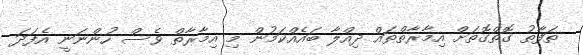
ތަފާތު ގޮތްގޮތަށް އިމާރާތްތައް ދިއްލާ ބައެއްކަމުން މި އިމާރާތް ވެސް ހުންނަނީ އެފަދަ